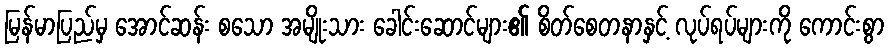
မြန်မာပြည်မှ အောင်ဆန်း စသော အမျိုးသား ခေါင်းဆောင်များ၏ စိတ်စေတနာနှင့် လုပ်ရပ်များကို ကောင်းစွာ